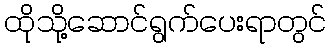
ထိုသို့ဆောင်ရွက်ပေးရာတွင်